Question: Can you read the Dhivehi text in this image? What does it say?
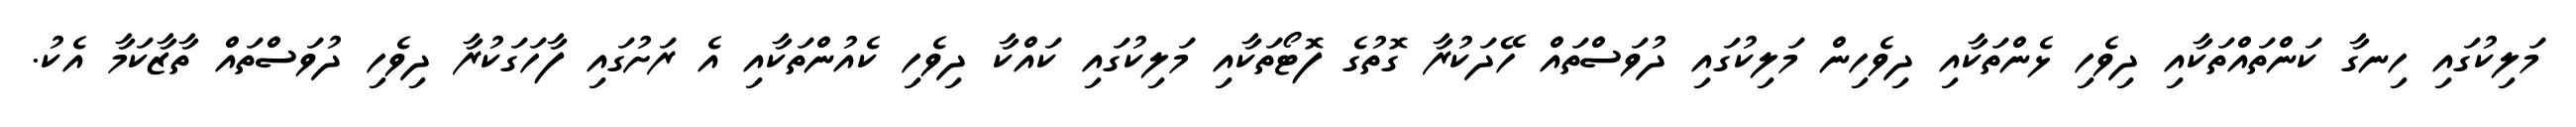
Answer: މަލިކުގައި ހިނގާ ކަންތައްތަކާއި ދިވެހި ޅެންތަކާއި ދިވެހިން މަލިކުގައި ދުވަސްތައް ހޭދަކުރާ ގޮތުގެ ފޮޓޯތަކާއި މަލިކުގައި ކައްކާ ދިވެހި ކެއުންތަކާއި އެ ރަށުގައި ފާހަގަކުރާ ދިވެހި ދުވަސްތައް ތާޒާކަމާ އެކު.